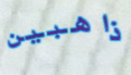
ذاهبين